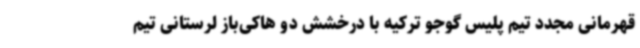
قهرمانی مجدد تیم پلیس گوجو ترکیه با درخشش دو هاکی‌باز لرستانی تیم